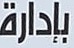
بإدارة